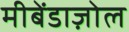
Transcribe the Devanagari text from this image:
मीबेंडाज़ोल